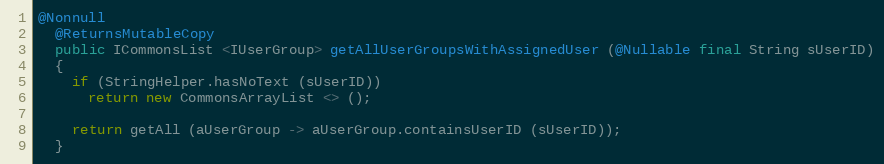
Language: Java
@Nonnull
  @ReturnsMutableCopy
  public ICommonsList <IUserGroup> getAllUserGroupsWithAssignedUser (@Nullable final String sUserID)
  {
    if (StringHelper.hasNoText (sUserID))
      return new CommonsArrayList <> ();

    return getAll (aUserGroup -> aUserGroup.containsUserID (sUserID));
  }